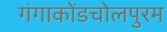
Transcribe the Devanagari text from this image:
गंगाकोंडचोलपुरम